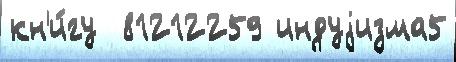
кн'и́гу  81212259 индуjизма5